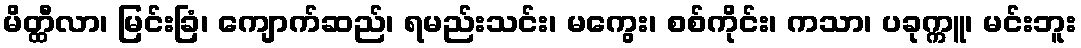
မိတ္ထီလာ၊ မြင်းခြံ၊ ကျောက်ဆည်၊ ရမည်းသင်း၊ မကွေး၊ စစ်ကိုင်း၊ ကသာ၊ ပခုက္ကူ၊ မင်းဘူး